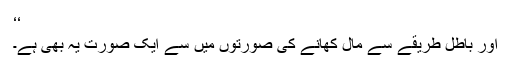
‘‘
اور باطل طریقے سے مال کھانے کی صورتوں میں سے ایک صورت یہ بھی ہے۔